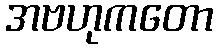
အဗဟုကတော